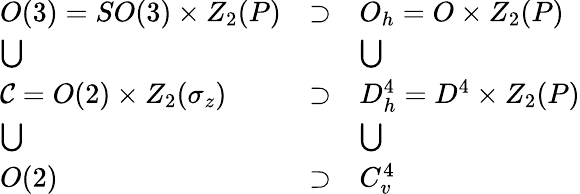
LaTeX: \begin{array}{lll}{{O(3)=SO(3)\times Z_{2}(P)}}&{{\supset}}&{{O_{h}=O\times Z_{2}(P)}}\\ {{\bigcup}}&{{}}&{{\bigcup}}\\ {{{\cal C}=O(2)\times Z_{2}(\sigma_{z})}}&{{\supset}}&{{D_{h}^{4}=D^{4}\times Z_{2}(P)}}\\ {{\bigcup}}&{{}}&{{\bigcup}}\\ {{O(2)}}&{{\supset}}&{{C_{v}^{4}}}\end{array}